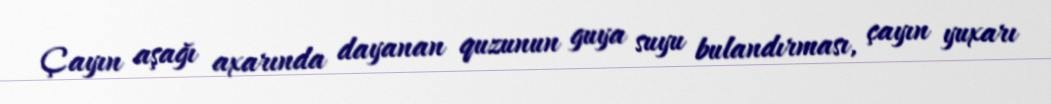
Çayın aşağı axarında dayanan quzunun guya suyu bulandırması, çayın yuxarı